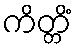
ကိတ္တိံ